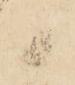
ま